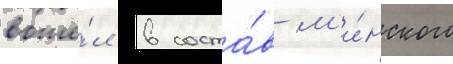
вошё́л в соста́в м'и́нского